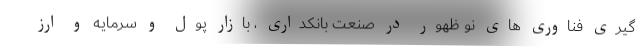
گیری فناوری های نو ظهور در صنعت بانکداری ، بازار پول و سرمایه و ارز